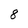
Character: 8